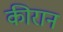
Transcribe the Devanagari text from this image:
कीरान